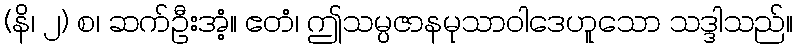
(နိ၊ ၂) စ၊ ဆက်ဦးအံ့။ ဧတံ၊ ဤသမ္ပဇာနမုသာဝါဒေဟူသော သဒ္ဒါသည်။